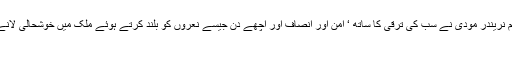
ہندوستان کے وزیراعظم نریندر مودی نے سب کی ترقی کا ساتھ ‘ امن اور انصاف اور اچھے دن جیسے نعروں کو بلند کرتے ہوئے ملک میں خوشحالی لانے کا عوام سے وعدہ کیا
بھینسہ۔